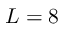
L = 8